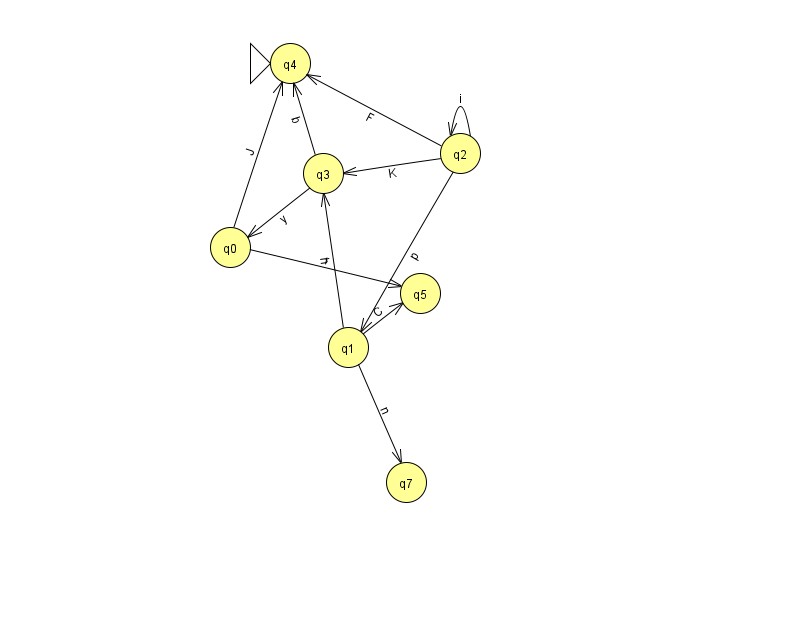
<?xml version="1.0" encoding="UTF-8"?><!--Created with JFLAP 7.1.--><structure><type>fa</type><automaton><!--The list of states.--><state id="0" name="q0"><x>230.0</x><y>234.0</y></state><state id="1" name="q1"><x>348.0</x><y>334.0</y></state><state id="2" name="q2"><x>460.0</x><y>140.0</y></state><state id="3" name="q3"><x>323.0</x><y>160.0</y></state><state id="4" name="q4"><x>290.0</x><y>50.0</y><initial/></state><state id="5" name="q5"><x>420.0</x><y>280.0</y></state><state id="7" name="q7"><x>406.0</x><y>469.0</y></state><!--The list of transitions.--><transition><from>0</from><to>5</to><read>r</read></transition><transition><from>1</from><to>5</to><read>C</read></transition><transition><from>2</from><to>3</to><read>K</read></transition><transition><from>0</from><to>4</to><read>J</read></transition><transition><from>2</from><to>4</to><read>F</read></transition><transition><from>2</from><to>2</to><read>i</read></transition><transition><from>1</from><to>3</to><read>n</read></transition><transition><from>2</from><to>1</to><read>p</read></transition><transition><from>3</from><to>0</to><read>y</read></transition><transition><from>1</from><to>7</to><read>n</read></transition><transition><from>3</from><to>4</to><read>b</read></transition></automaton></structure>